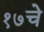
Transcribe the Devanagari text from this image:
१७चे